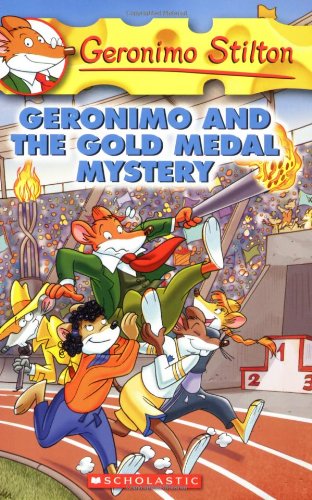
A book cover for Geronimo and the Gold Medal Mystery (Geronimo Stilton, No. 33); Geronimo Stilton; Humor & Entertainment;